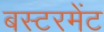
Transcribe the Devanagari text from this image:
बस्टरमेंट